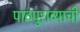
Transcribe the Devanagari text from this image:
पाठपुराव्याची